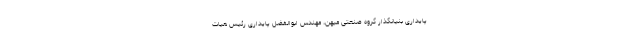
پایداری بنیانگذار گروه صنعتی میهن، مهندس ابوالفضل پایداری رئیس هیات